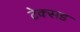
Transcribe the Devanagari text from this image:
टेक्सड